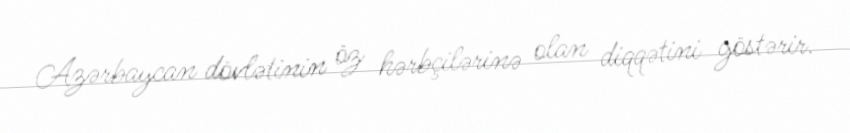
Azərbaycan dövlətinin öz hərbçilərinə olan diqqətini göstərir.